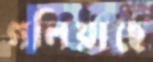
গলিয়াছে